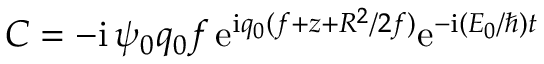
C = - \mathrm { i } \, \psi _ { 0 } q _ { 0 } f \, \mathrm { e } ^ { \mathrm { i } q _ { 0 } ( f + z + R ^ { 2 } / 2 f ) } \mathrm { e } ^ { - \mathrm { i } ( E _ { 0 } / \hbar ) t }